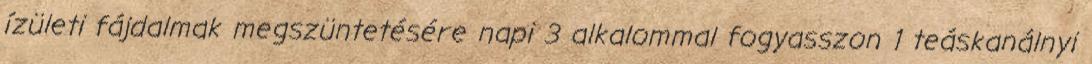
ízületi fájdalmak megszüntetésére napi 3 alkalommal fogyasszon 1 teáskanálnyi